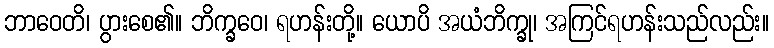
ဘာဝေတိ၊ ပွားစေ၏။ ဘိက္ခဝေ၊ ရဟန်းတို့။ ယောပိ အယံဘိက္ခု၊ အကြင်ရဟန်းသည်လည်း။